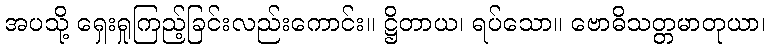
အပသို့ ရှေးရှုကြည့်ခြင်းလည်းကောင်း။ ဋ္ဌိတာယ၊ ရပ်သော။ ဗောဓိသတ္တမာတုယာ၊